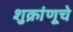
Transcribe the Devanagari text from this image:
शुक्रांणूचे